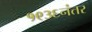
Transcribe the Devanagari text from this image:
१९३६नंतर